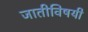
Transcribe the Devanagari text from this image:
जातीविषयी